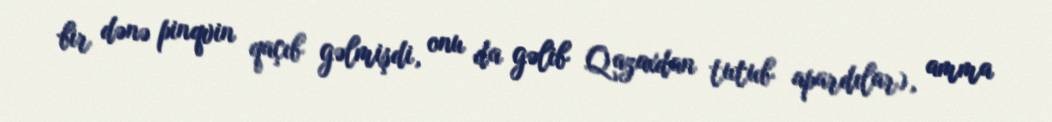
bir dənə pinqvin qaçıb gəlmişdi, onu da gəlib Qazaxdan tutub apardılar), amma